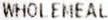
WHOLEMEAL